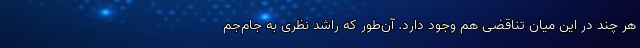
هر چند در این میان تناقضی هم وجود دارد. آن‌طور که راشد نظری به جام‌جم